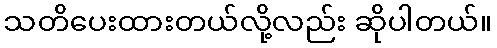
သတိပေးထားတယ်လို့လည်း ဆိုပါတယ်။